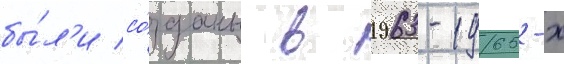
бы́л'и со́зданы в 1963-1965-х